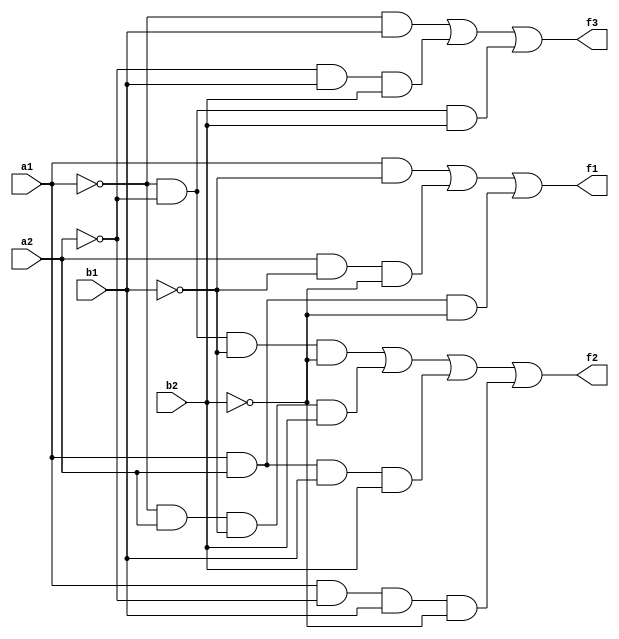
`timescale 1ns / 1ps
//////////////////////////////////////////////////////////////////////////////////
// Company: 
// Engineer: 
// 
// Design Name: 
// Module Name: bc
// Project Name: 
// Target Devices: 
// Tool Versions: 
// Description: 
// 
// Dependencies: 
// 
// Revision:
// Revision 0.01 - File Created
// Additional Comments:
// 
//////////////////////////////////////////////////////////////////////////////////


module bc(
input a1,a2,b1,b2,
output f1,f2,f3
    );
    assign f1 = a1&~b1| a2&~b1&~b2 | a1 & a2 & ~b2;
    assign f2 = ~a1&~a2&~b1&~b2 | ~a1&a2&~b1&b2| a1&a2&b1&b2 | a1&~a2&b1&~b2;
    assign f3 = ~a1 &b1|~a2&b1&b2|~a1&~a2&b2;
endmodule